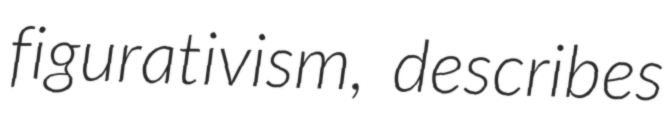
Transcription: figurativism, describes